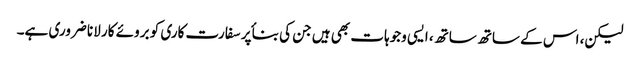
لیکن، اس کے ساتھ ساتھ، ایسی وجوہات بھی ہیں جن کی بناٴ پر سفارت کاری کو بروئے کار لانا ضروری ہے۔